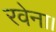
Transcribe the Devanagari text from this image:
रवेना।